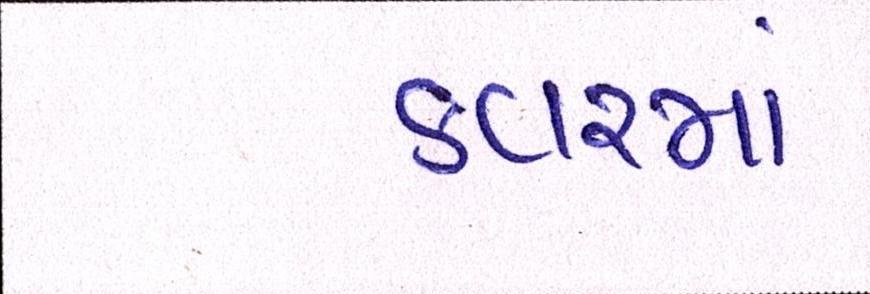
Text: કવરમાં